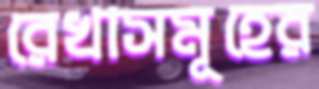
রেখাসমূহের